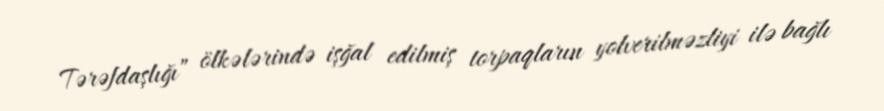
Tərəfdaşlığı” ölkələrində işğal edilmiş torpaqların yolverilməzliyi ilə bağlı